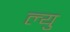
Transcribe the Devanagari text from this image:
ल्यु